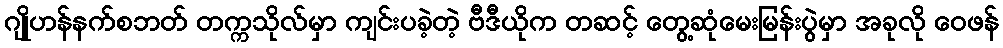
ဂျိုဟန်နက်စဘတ် တက္ကသိုလ်မှာ ကျင်းပခဲ့တဲ့ ဗီဒီယိုက တဆင့် တွေ့ဆုံမေးမြန်းပွဲမှာ အခုလို ဝေဖန်